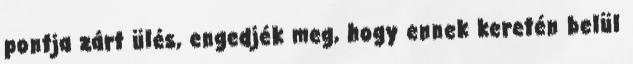
pontja zárt ülés, engedjék meg, hogy ennek keretén belül